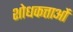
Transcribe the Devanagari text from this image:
शोधकत्ताओं